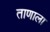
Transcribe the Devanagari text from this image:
ताणाला